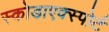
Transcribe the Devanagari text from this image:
स्कोडाएक्स्पोर्ट